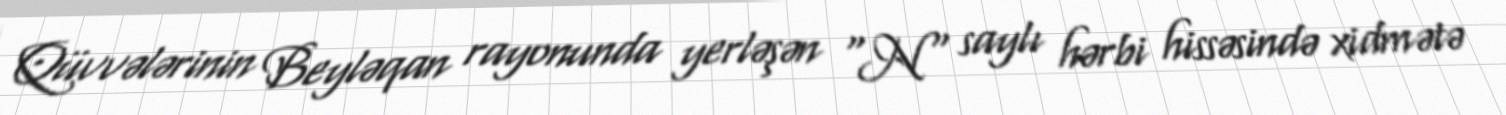
Qüvvələrinin Beyləqan rayonunda yerləşən "N" saylı hərbi hissəsində xidmətə